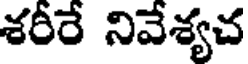
శరీరే నివేశ్యచ